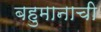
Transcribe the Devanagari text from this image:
बहुमानाची